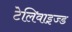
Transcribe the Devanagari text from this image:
टेलिवाइज्ड